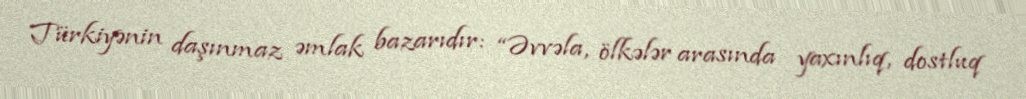
Türkiyənin daşınmaz əmlak bazarıdır: “Əvvəla, ölkələr arasında yaxınlıq, dostluq